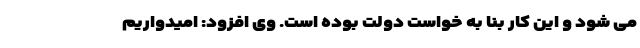
می شود و این کار بنا به خواست دولت بوده است. وی افزود: امیدواریم